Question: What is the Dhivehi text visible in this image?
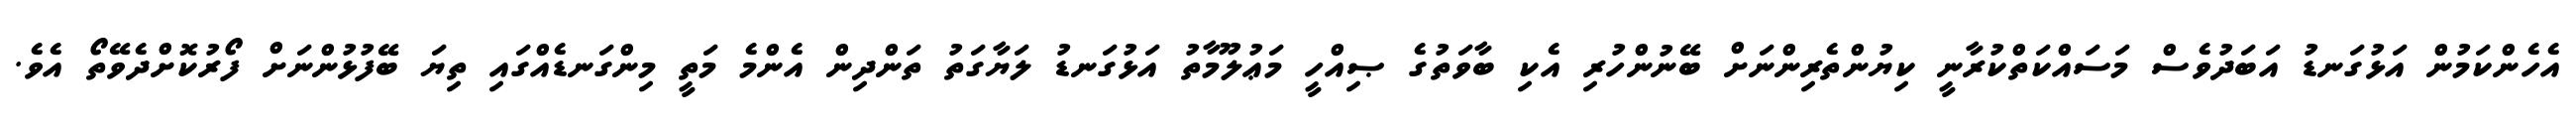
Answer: އެހެންކަމުން އަޅުގަނޑު އަބަދުވެސް މަސައްކަތްކުރާނީ ކިޔުންތެރިންނަށް ބޭނުންހުރި އެކި ބާވަތުގެ ޞިއްހީ މަޢުލޫމާތު އަޅުގަނޑު ލަޔާގަތު ތަންދިން އެންމެ މަތީ މިންގަނޑެއްގައި ތިޔަ ބޭފުޅުންނަށް ފޯރުކޮށްދެވޭތޯ އެވެ.